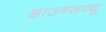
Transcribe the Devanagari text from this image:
डाउन्सव्यू